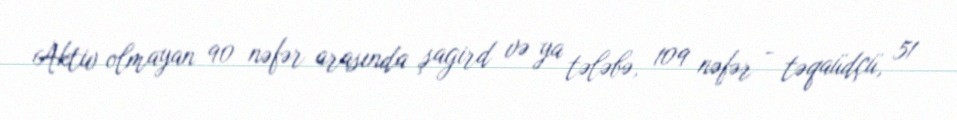
Aktiv olmayan 90 nəfər arasında şagird və ya tələbə, 109 nəfər - təqaüdçü, 51